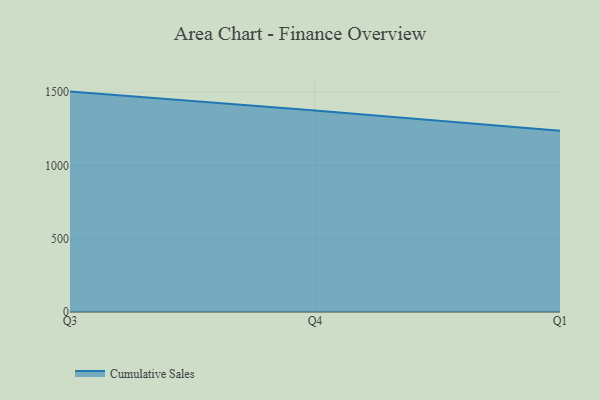
{"axis": {"x": "Quarter", "y": "Temperature (°C)"}, "legend": ["Cumulative Sales"], "data": [{"x": "Q3", "y": 1504.5, "type": "Cumulative Sales"}, {"x": "Q4", "y": 1374.9, "type": "Cumulative Sales"}, {"x": "Q1", "y": 1237.6, "type": "Cumulative Sales"}]}